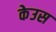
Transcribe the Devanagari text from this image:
केउस